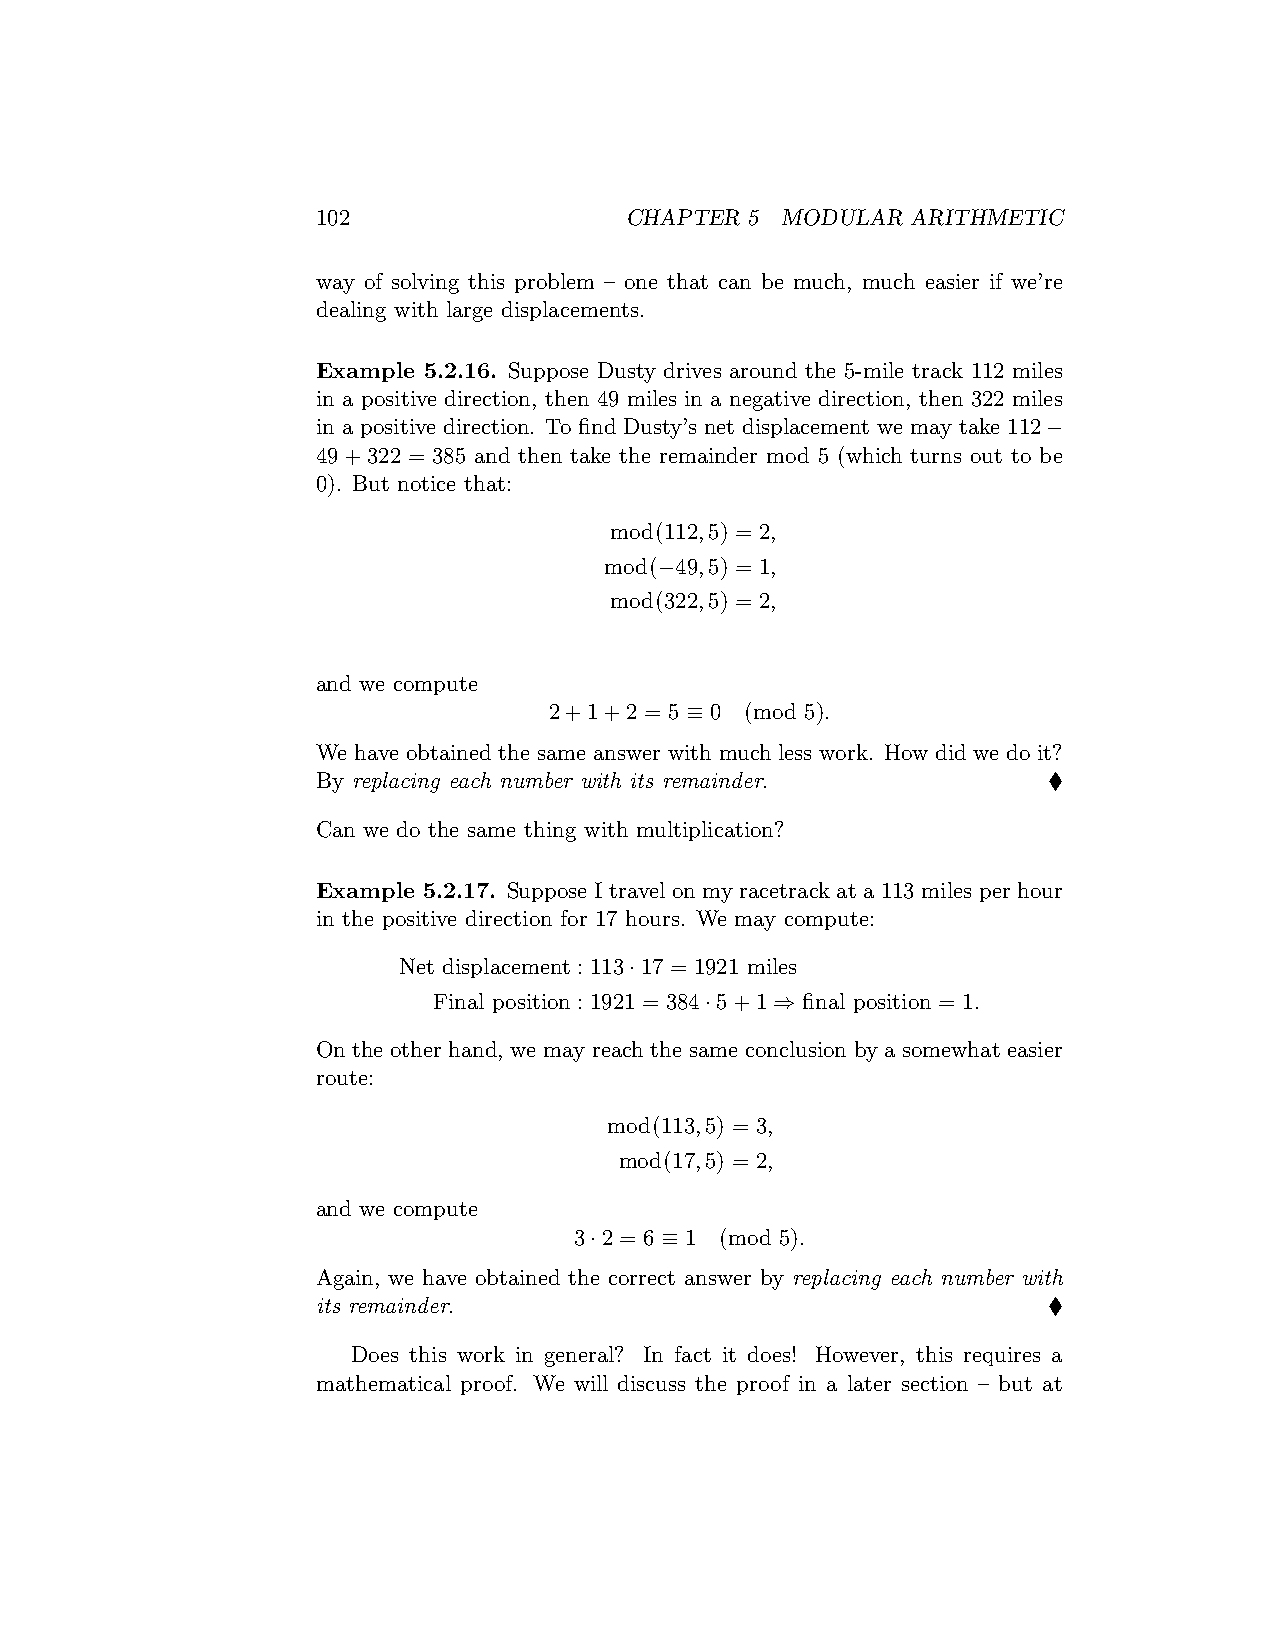
102                 CHAPTER  5 MODULAR ARITHMETIC
 way of solving this problem – one that can be much, much easier if we’re
 dealing with large displacements.
 Example 5.2.16. Suppose Dusty drives around the 5-mile track 112 miles
 in a positive direction, then 49 miles in a negative direction, then 322 miles
 in a positive direction. To find Dusty’s net displacement we may take 112−
 49+322 = 385 and then take the remainder mod 5 (which turns out to be
 0). But notice that:
 mod(112,5) = 2,
 mod(−49,5) = 1,
 mod(322,5) = 2,
 and we compute
 2+1+2  = 5 ≡ 0 (mod 5).
 We have obtained the same answer with much less work. How did we do it?
 By replacing each number with its remainder.    ♦
 Can we do the same thing with multiplication?
 Example 5.2.17. Suppose I travel on my racetrack at a 113 miles per hour
 in the positive direction for 17 hours. We may compute:
 Net displacement : 113·17 = 1921 miles
 Final position : 1921 = 384·5+1 ⇒ final position = 1.
 On the other hand, we may reach the same conclusion by a somewhat easier
 route:
 mod(113,5) = 3,
 mod(17,5) = 2,
 and we compute
 3·2 = 6 ≡ 1 (mod 5).
 Again, we have obtained the correct answer by replacing each number with
 its remainder.                                  ♦
 Does this work in general? In fact it does! However, this requires a
 mathematical proof. We will discuss the proof in a later section – but at